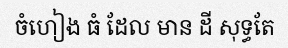
ចំហៀង ធំ ដែល មាន ដី សុទ្ធតែ